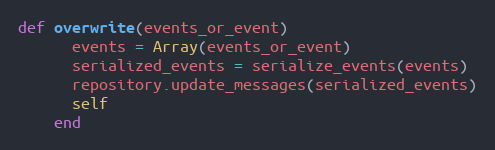
Language: Ruby
def overwrite(events_or_event)
      events = Array(events_or_event)
      serialized_events = serialize_events(events)
      repository.update_messages(serialized_events)
      self
    end